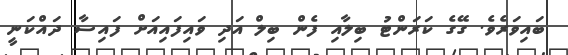
ބައިވަރެވެ. ގޭގެ ކަރަންޓު ބިލާއި ފެން ބިލް އަދި ވައިފައިއަށް ފައިސާ ދައްކަނީ